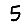
Digit: 5